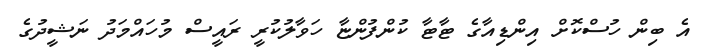
އެ ބިން ހުސްކޮށް އިންޑިއާގެ ޓާޓާ ކުންފުންޏާ ހަވާލުކުރީ ރައީސް މުހައްމަދު ނަޝީދުގެ